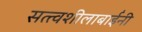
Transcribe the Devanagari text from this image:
सत्त्वशीलाबाईंनी